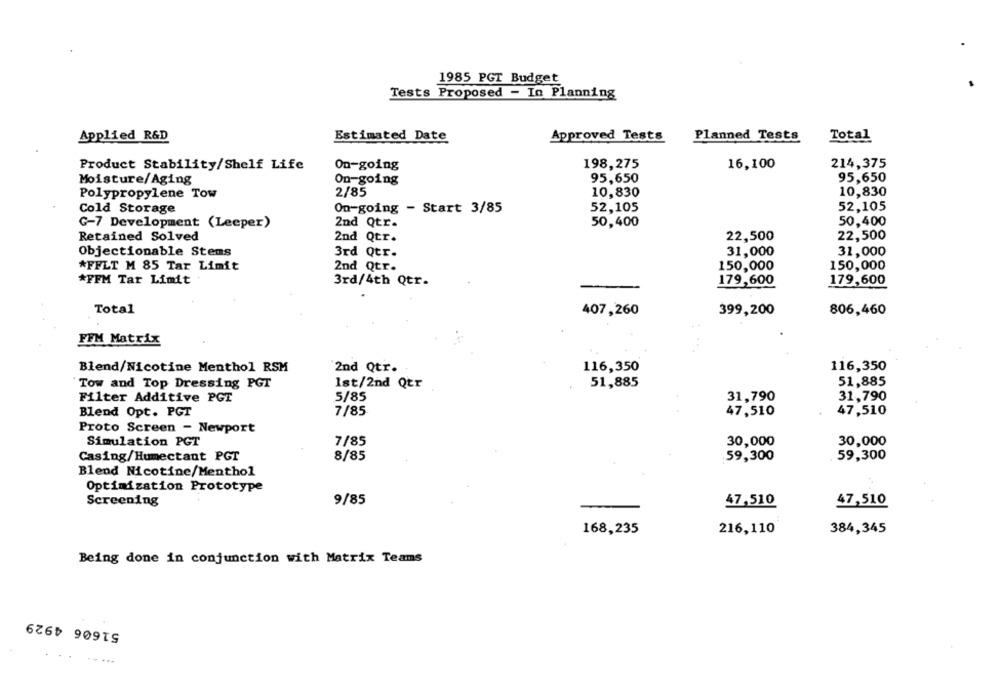
1985 PGT Budget
Tests Proposed - In Planning
Applied R&D
Estimated Date
Approved Tests
Planned Tests
Total
Product Stability/Shelf Life
198,275
16,100
214,375
On-going
95,650
95,650
Moisture/Aging
On-going
2/85
10,830
10,830
Polypropylene Tow
52,105
52,105
Cold Storage
On-going - Start 3/85
50,400
G-7 Development (Leeper)
2nd Qtr.
50,400
Retained Solved
2nd Qtr.
22,500
22,500
Objectionable Stems
3rd Qtr.
31,000
31,000
*FFLT M 85 Tar Limit
2nd Qtr.
150,000
150,000
*FFM Tar Limit
3rd/4th Qtr.
179,600
179,600
Total
407,260
399,200
806,460
FFM Matrix
116,350
Blend/Nicotine Menthol RSM
2nd Qtr.
116,350
Tow and Top Dressing PGT
Ist/2nd Qtr
51,885
51,885
Filter Additive PGI
5/85
31,790
31,790
Blend Opt. PGT
7/85
47,510
47,510
Proto Screen - Newport
Simulation PGT
7/85
30,000
30,000
Casing/Humectant PGT
8/85
.59,300
59,300
Blend Nicotine/Menthol
Optimization Prototype
Screening
9/85
47,510
47,510
168,235
216,110
384,345
Being done in conjunction with Matrix Teams
51606 4929
. .